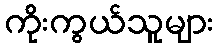
ကိုးကွယ်သူများ